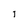
Character: I